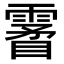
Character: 𩄯